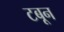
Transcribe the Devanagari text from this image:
टबून